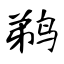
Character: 鹈